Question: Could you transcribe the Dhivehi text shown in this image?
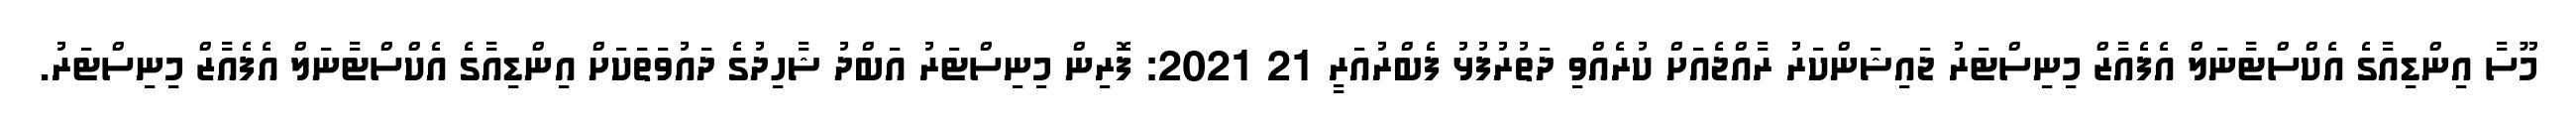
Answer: މޫސާ އިންޑިއާގެ އެކްސްޓާނަލް އެފެއާޒް މިނިސްޓަރު ޖައިޝަންކަރު ރާއްޖެއަށް ކުރެއްވި ދަތުރުފުޅު ފެބްރުއަރީ 21 2021: ފޮރިން މިނިސްޓަރު އަބްދު ޝާހިދުގެ ދައުވަތަކަށް އިންޑިއާގެ އެކްސްޓާނަލް އެފެއާޒް މިނިސްޓަރު.